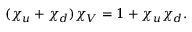
( \chi _ { u } + \chi _ { d } ) \chi _ { V } = 1 + \chi _ { u } \chi _ { d } .